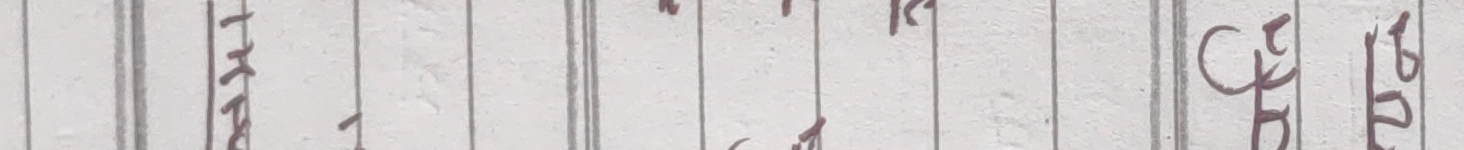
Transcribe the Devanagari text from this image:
म १०